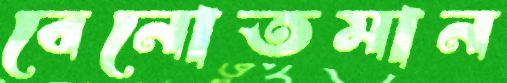
বেনোতমান